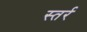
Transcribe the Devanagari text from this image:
स्तर्र